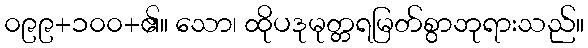
၀၉၉+၁၀၀+၏။ သော၊ ထိုပဒုမုတ္တရမြတ်စွာဘုရားသည်။